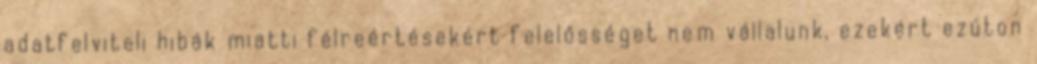
adatfelviteli hibák miatti félreértésekért felelősséget nem vállalunk, ezekért ezúton